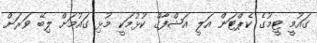
ގައުމީ ޓީމުގެ ކެޕްޓަން އަލީ އަޝްފާގް ކުޅުމަކީ މުޅި ގައުމަށް ލިބޭ ވަރަށް